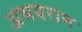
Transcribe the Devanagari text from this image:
अभयराम